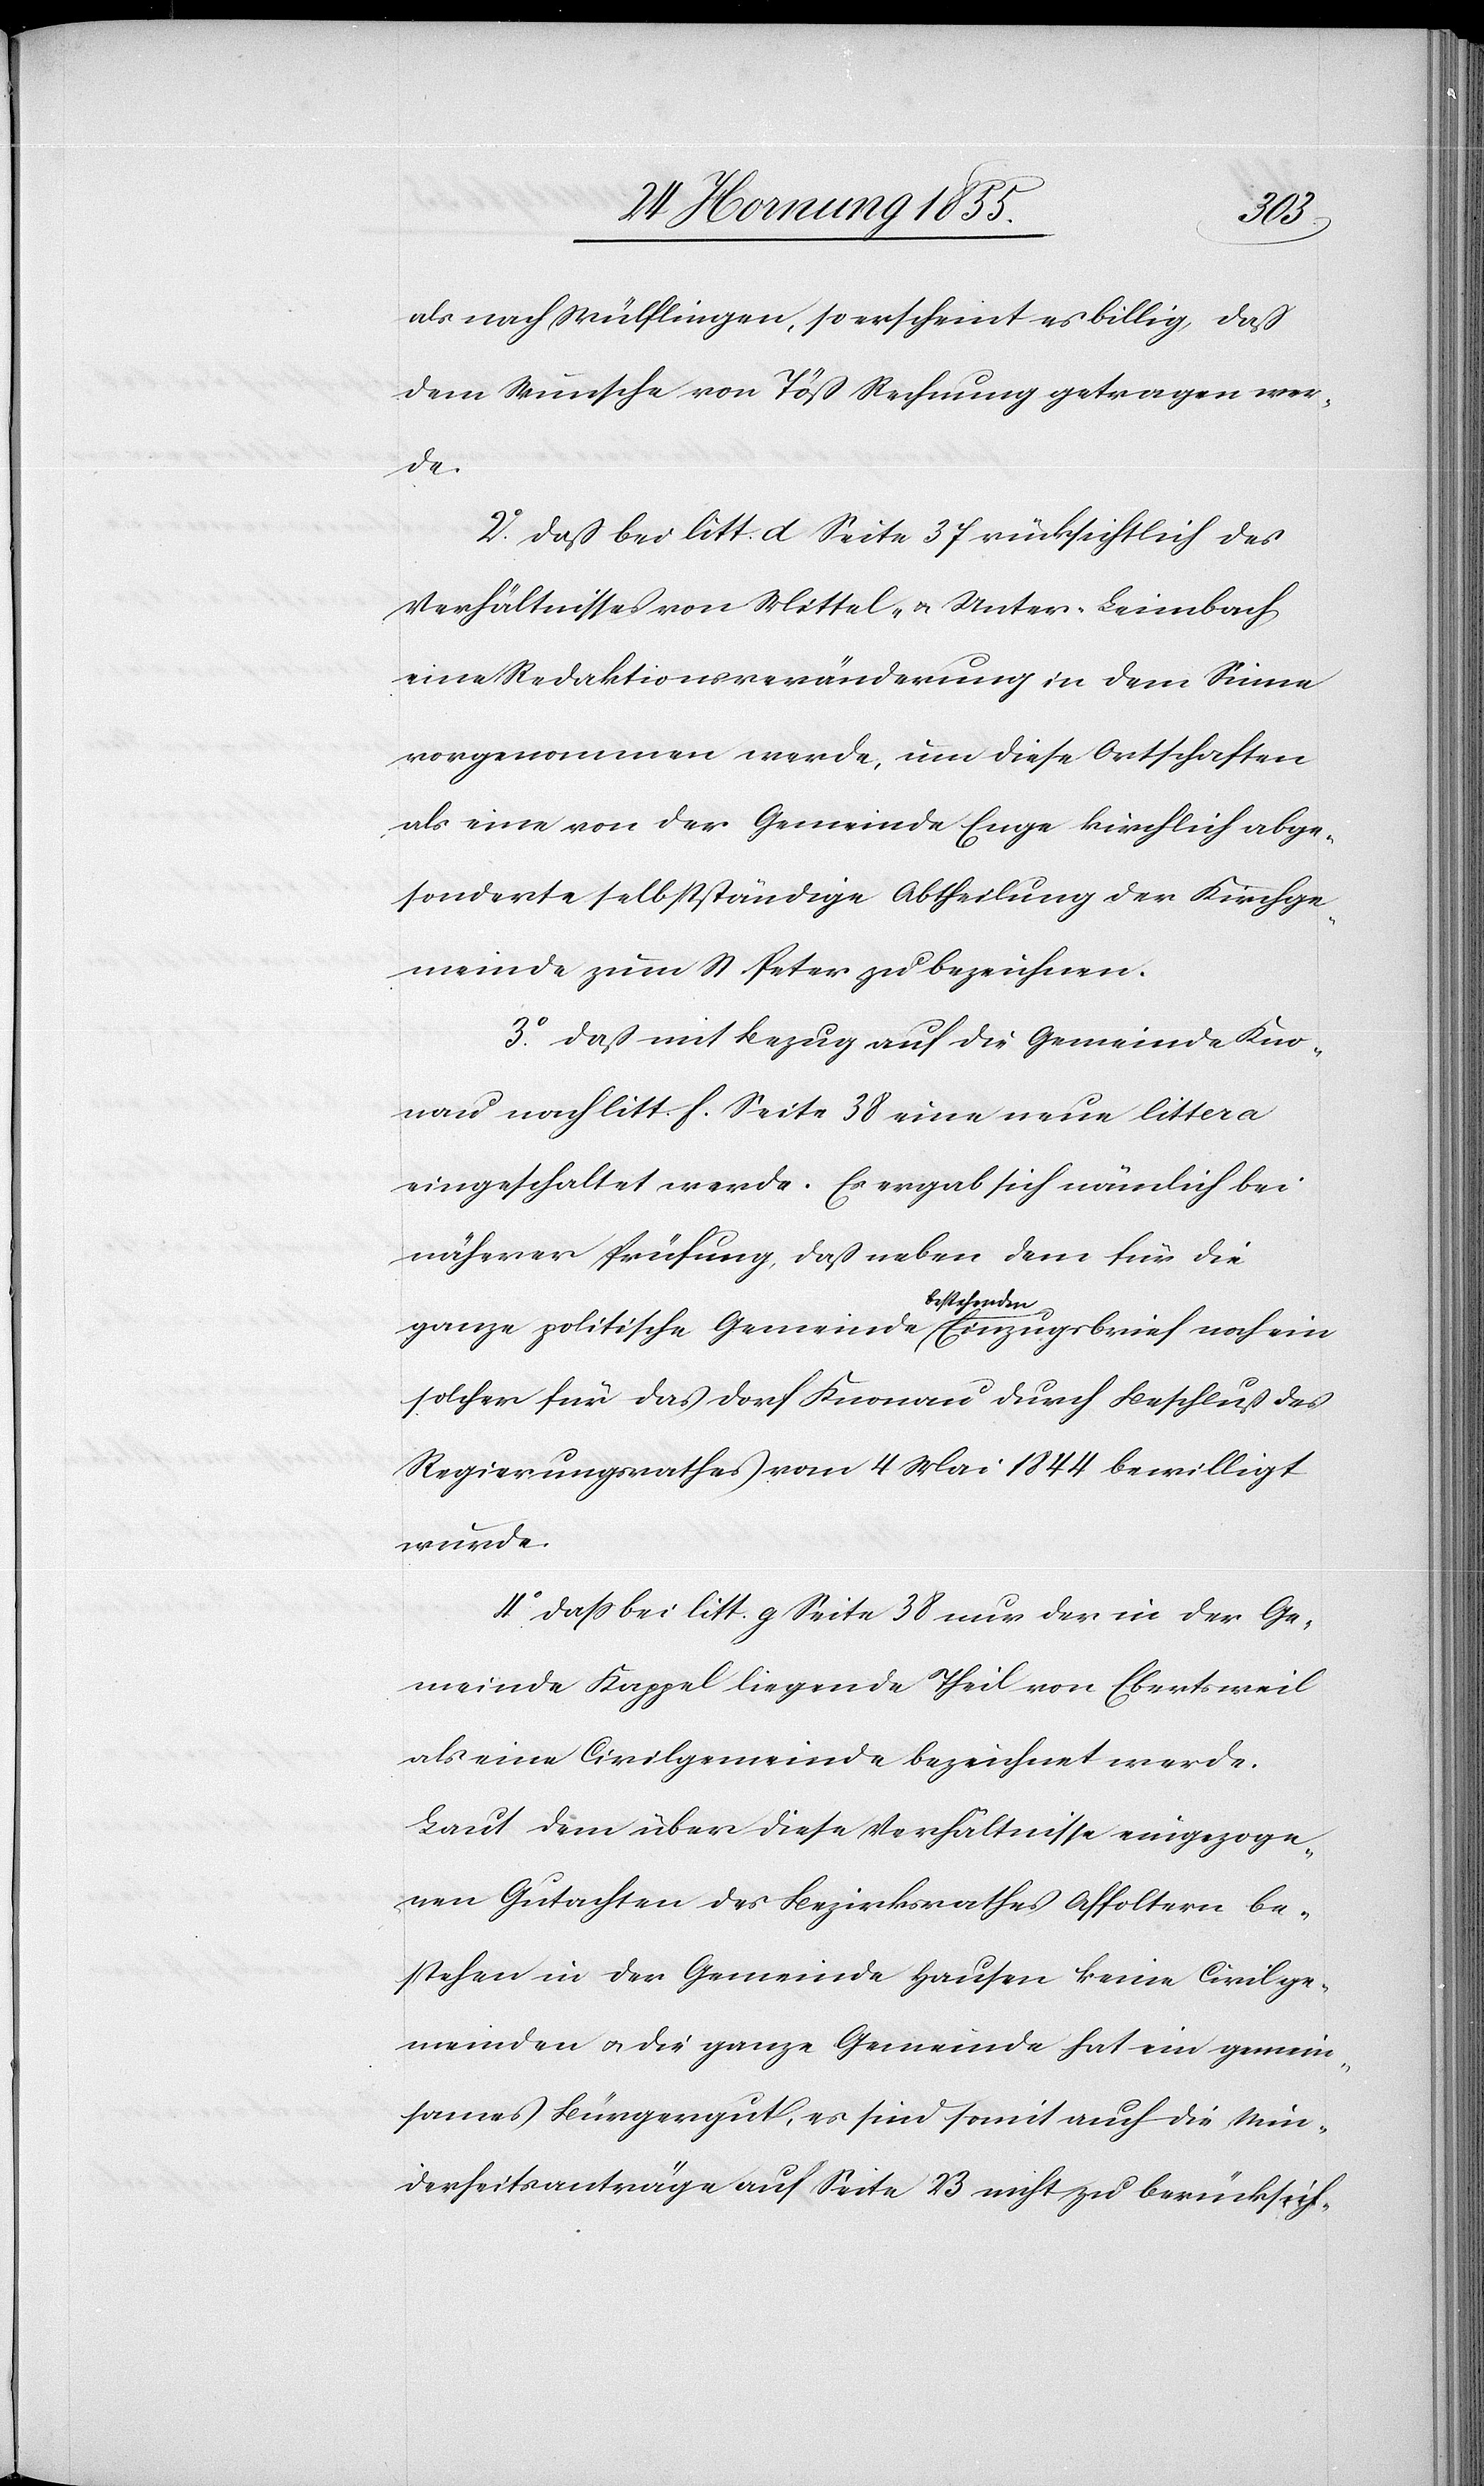
als nach Wülflingen, so erscheint es billig, daß
dem Wunsche von Töß Rechnung getragen wer¬
de.
2o. Daß bei litt d Seite 37 rücksichtlich des
Verhältnisses von Mittel- & Unter-Leimbach
eine Redaktionsveränderung in dem Sinne
vorgenommen werde, um diese Ortschaften
als eine von der Gemeinde Enge kirchlich abge¬
sonderte selbstständige Abtheilung der Kirchge¬
meinde zum St. Peter zu bezeichnen.
3o. Daß mit Bezug auf die Gemeinde Kno¬
nau nach litt. f. Seite 38 eine neue littera
eingeschaltet werde. Es ergab sich nämlich bei
näherer Prüfung, daß neben dem für die
besteh¬
enden
ganze politische Gemeinde
Einzugsbrief noch ein
solcher für das Dorf Knonau durch Beschluß des
Regierungsrathes vom 4 Mai 1844 bewilligt
wurde.
4o. Dass bei litt. g Seite 38 nur der in der Ge¬
meinde Kappel liegende Theil von Ebertsweil
als eine Civilgemeinde bezeichnet werde.
Laut dem über diese Verhältnisse eingezoge¬
nen Gutachten des Bezirksrathes Affoltern be¬
stehen in der Gemeinde Hausen keine Civilge¬
meinden & die ganze Gemeinde hat ein gemein¬
sames Bürgergut, es sind somit auch die Min¬
derheitsanträge auf Seite 23 nicht zu berücksich-